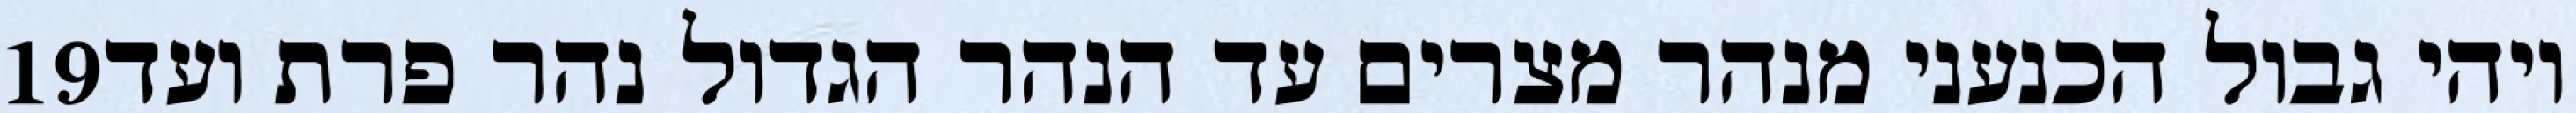
‎19‏ ויהי גבול הכנעני מנהר מצרים עד הנהר הגדול נהר פרת ועד